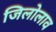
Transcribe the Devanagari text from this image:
जिलोलाव